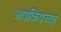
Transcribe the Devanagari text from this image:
अपकिपच्या